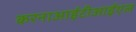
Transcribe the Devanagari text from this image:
करनाआईटीआईएल